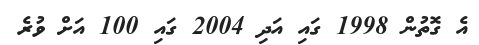
އެ ގޮތުން 1998 ގައި އަދި 2004 ގައި 100 އަށް ވުރެ